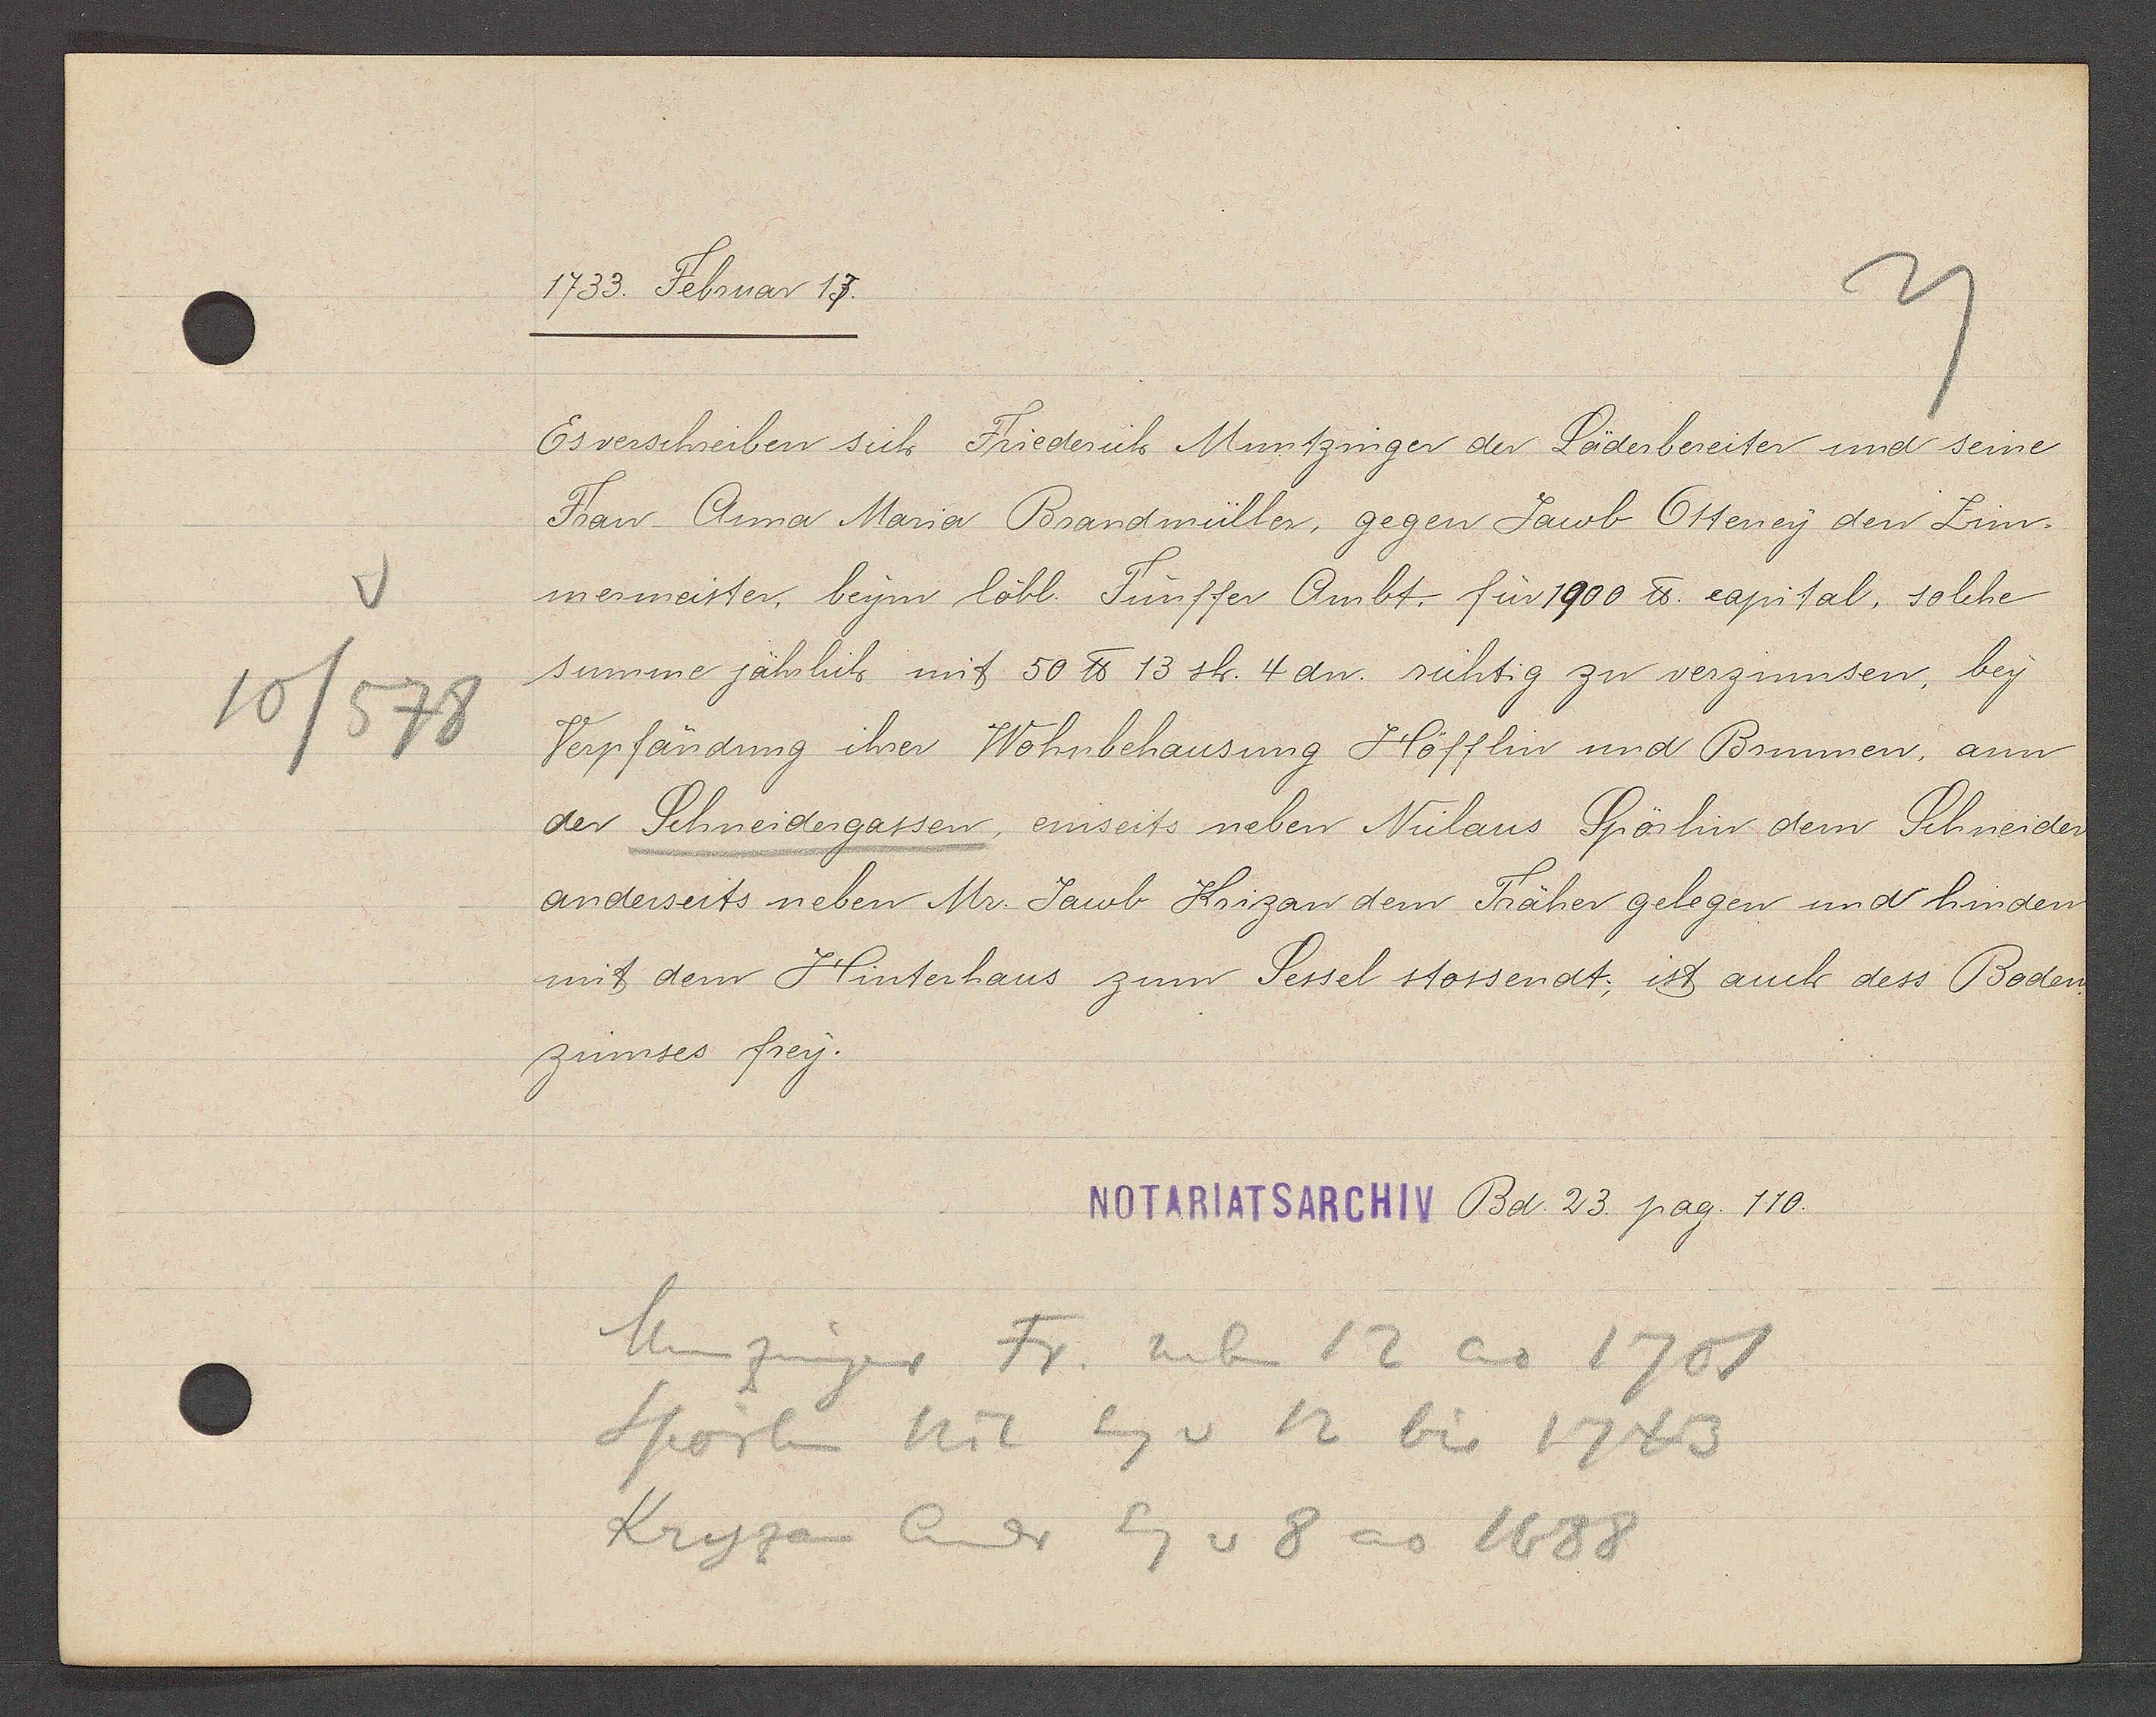
Transcript:
v
10/578

1733. Februar 17.

Es verschreiben sich Friederich Muntzinger der Läderbereiter und seine
Frau Anna Maria Brandmüller, gegen Jacob Otteney den Zim¬
mermeister, beym löbl. Fünffer Ambt. für 1900 ℔. capital, solche
summe jährlich mit 50 ℔ 13 sh. 4 dn. sichtig zu verzinnsen, bey
Verpfändung ihrer Wohnbehausung Höfflin und Brunnen, ann
der Schneidergassen, einseits neben Niclaus Spörlin dem Schneider
anderseits neben Mr. Jacob Krizan dem Träher gelegen und hinden
mit dem Hinterhaus zum Sessel stossendt; ist auch dess Boden-
zinnses frey.

NOTARIATSARCHIV Bd. 23. pag. 110.

Munzinger Fr. neben 12 ao 1701
Sporlin Nic Eg v 12 bis 1743
Kryzan Andr
Eg v 8 ao 1688